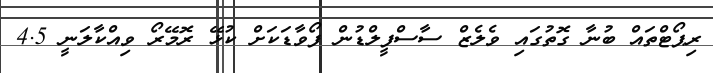
ރިޕޯޓްތައް ބުނާ ގޮތުގައި ވެލެޒް ސާސްފީލްޑުން ފޯވާޑަކަށް ކުޅޭ ރޮމޭރޯ ވިއްކާލަނީ 4.5